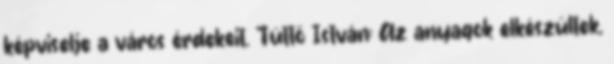
képviselje a város érdekeit. Tüttő István: Az anyagok elkészültek,